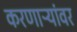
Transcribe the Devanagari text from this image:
करणाऱ्यांवर